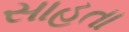
સાહતા